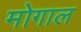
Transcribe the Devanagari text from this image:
मोगाल